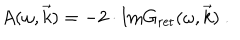
LaTeX: A ( \omega , \vec { k } ) = - 2 \cdot \mathrm { I m } G _ { \mathrm { r e t } } ( \omega , \vec { k } ) \ .